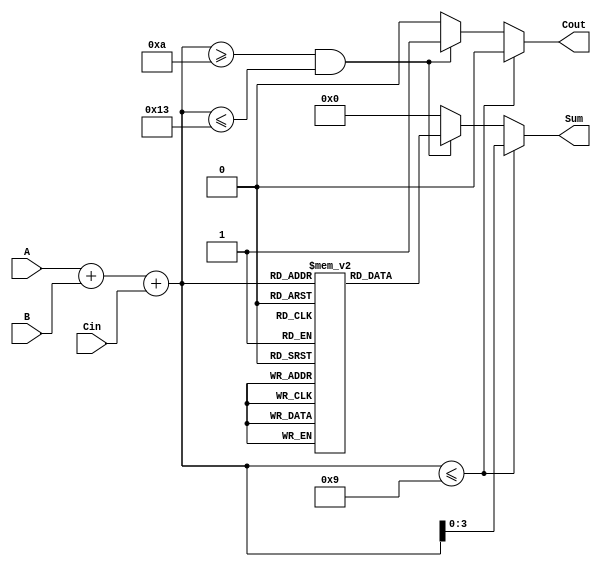
module BCD_LUT_Adder (
    input  wire [3:0] A,      // BCD Input A
    input  wire [3:0] B,      // BCD Input B
    input  wire Cin,           // Carry Input
    output reg  [3:0] Sum,     // BCD Output Sum
    output reg  Cout           // Carry Output
);

    // Intermediate 5-bit sum
    wire [4:0] temp_sum;

    // Calculate the initial binary sum
    assign temp_sum = A + B + Cin;

    // BCD Look-Up Table for results (Total of 20 entries; 0-19)
    reg [3:0] LUT [0:19]; // LUT to store the valid BCD results
    initial begin
        // Populate the LUT with values according to BCD addition rules
        LUT[0]  = 4'd0;  // 0 + 0
        LUT[1]  = 4'd1;  // 1 + 0
        LUT[2]  = 4'd2;  // 2 + 0
        LUT[3]  = 4'd3;  // 3 + 0
        LUT[4]  = 4'd4;  // 4 + 0
        LUT[5]  = 4'd5;  // 5 + 0
        LUT[6]  = 4'd6;  // 6 + 0
        LUT[7]  = 4'd7;  // 7 + 0
        LUT[8]  = 4'd8;  // 8 + 0
        LUT[9]  = 4'd9;  // 9 + 0
        LUT[10] = 4'd0;  // 10 - 6 = 4, BCD overflow
        LUT[11] = 4'd1;  // 11 - 6 = 5, BCD overflow
        LUT[12] = 4'd2;  // 12 - 6 = 6, BCD overflow
        LUT[13] = 4'd3;  // 13 - 6 = 7, BCD overflow
        LUT[14] = 4'd4;  // 14 - 6 = 8, BCD overflow
        LUT[15] = 4'd5;  // 15 - 6 = 9, BCD overflow
        LUT[16] = 4'd6;  // 16 - 6 = 10, BCD overflow
        LUT[17] = 4'd7;  // 17 - 6 = 11, BCD overflow
        LUT[18] = 4'd8;  // 18 - 6 = 12, BCD overflow
        LUT[19] = 4'd9;  // 19 - 6 = 13, BCD overflow
    end

    always @(*) begin
        // Default outputs
        Sum = 4'b0000;
        Cout = 1'b0;

        // Check for valid BCD sum range
        if (temp_sum <= 5'd9) begin
            Sum = temp_sum[3:0]; // Valid BCD result
            Cout = 1'b0;         // No carry
        end else if (temp_sum >= 5'd10 && temp_sum <= 5'd19) begin
            Sum = LUT[temp_sum];  // Use LUT to get the BCD result
            Cout = 1'b1;          // Carry is generated
        end
    end

endmodule